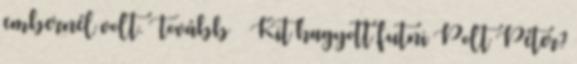
embernél volt. Tovább › ›Kit hagyott futni Polt Péter?